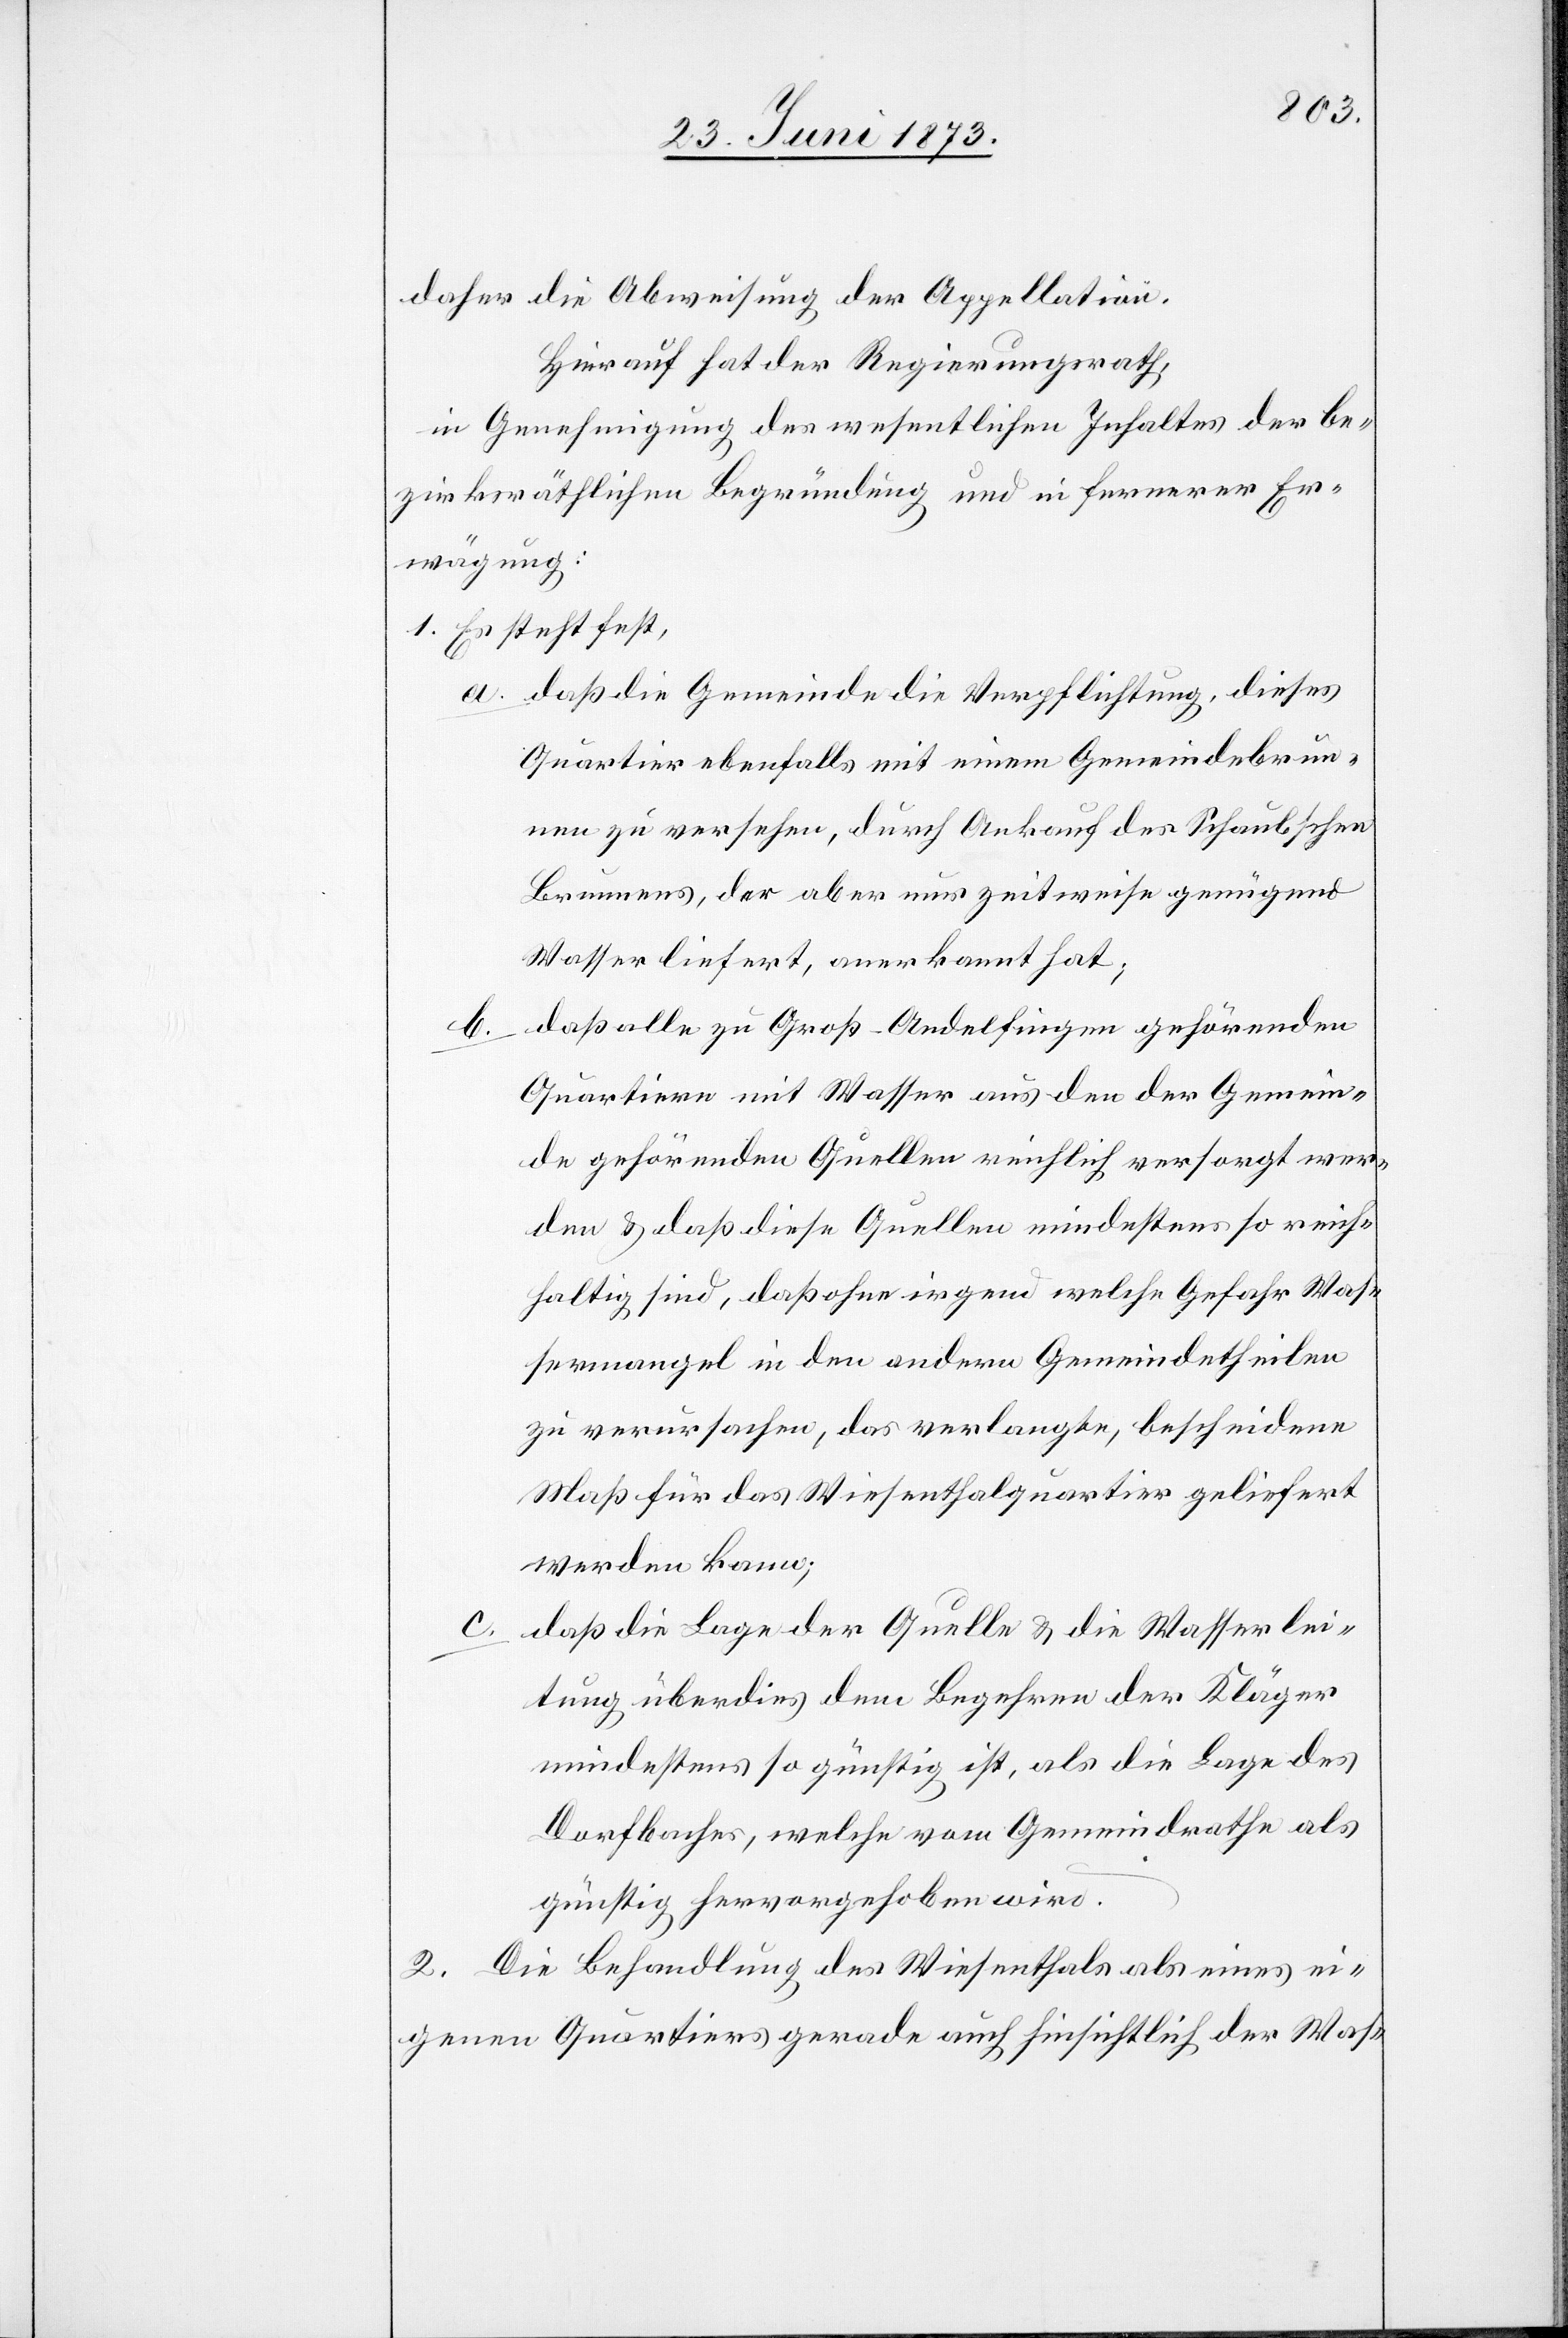
daher die Abweisung der Appellation.
Hierauf hat der Regierungsrath,
in Genehmigung des wesentlichen Inhaltes der be¬
zirksräthlichen Begründung und in fernerer Er¬
wägung:
1. Es steht fest,
a. daß die Gemeinde die Verpflichtung, dieses
Quartier ebenfalls mit einem Gemeindebrun¬
nen zu versehen, durch Ankauf des Schaubschen
Brunnens, der aber nur zeitweise genügend
Wasser liefert, anerkannt hat;
daß alle zu Groß-Andelfingen gehörenden
Quartiere mit Wasser aus den der Gemein¬
de gehörenden Quellen reichlich versorgt wer¬
den & daß diese Quellen mindestens so reich¬
haltig sind, daß ohne irgend welche Gefahr Was¬
sermangel in den andern Gemeindetheilen
zu verursachen, das verlangte, bescheidene
Maß für das Wiesenthalquartier geliefert
werden kann;
daß die Lage der Quelle & die Wasserlei¬
tung überdies dem Begehren der Kläger
mindestens so günstig ist, als die Lage des
Dorfbaches, welche vom Gemeindrathe als
günstig hervorgehoben wird.
Die Behandlung des Wiesenthals als eines ei¬
2.
genen Quartiers gerade auch hinsichtlich der Was-